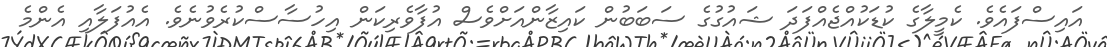
އައިސްފައެވެ. ކެމީލާގެ ކުޑަކުއްޖެއްފަދަ ޝައުގުގެ ސަބަބުން ކައިޒާންއަށްވެސް އުފާވެރިކަން އިހުސާސްކުރެވުނެވެ. އެއުފަލާއި އެންމެ